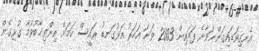
އެނގިވަޑައިގަންނަވާނެ ފަދައިން 2003 ވަނަ އަހަރު އަޅުގަނޑު ރައީސް ކަމަށް އިންތިޚާބުވުމާ ގުޅިގެން